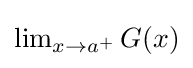
{\textstyle {\lim _{x\to a^{+}}G(x)}}